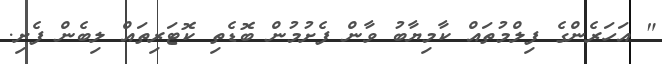
" އަަހަރެންގެ ފިލްމުތައް ކާމިޔާބު ވާން ފެށުމުން ބޮޑެތި ކޮޓަރިތައް ލިބެން ފެށި.